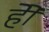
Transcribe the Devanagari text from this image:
हेेो